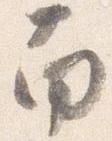
南